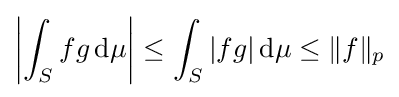
\left|\int _{S}fg\,\mathrm {d} \mu \right|\leq \int _{S}|fg|\,\mathrm {d} \mu \leq \|f\|_{p}